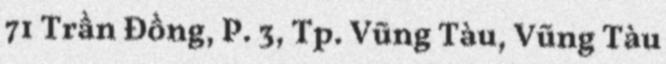
71 Trần Đồng, P. 3, Tp. Vũng Tàu, Vũng Tàu